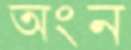
অংন